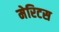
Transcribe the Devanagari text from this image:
मेरिटस